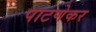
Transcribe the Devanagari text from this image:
पाटणेकर